Civil Veterinary Dept. North-West Frontier Province 1901-22 - 1901-1922
Year: 1901
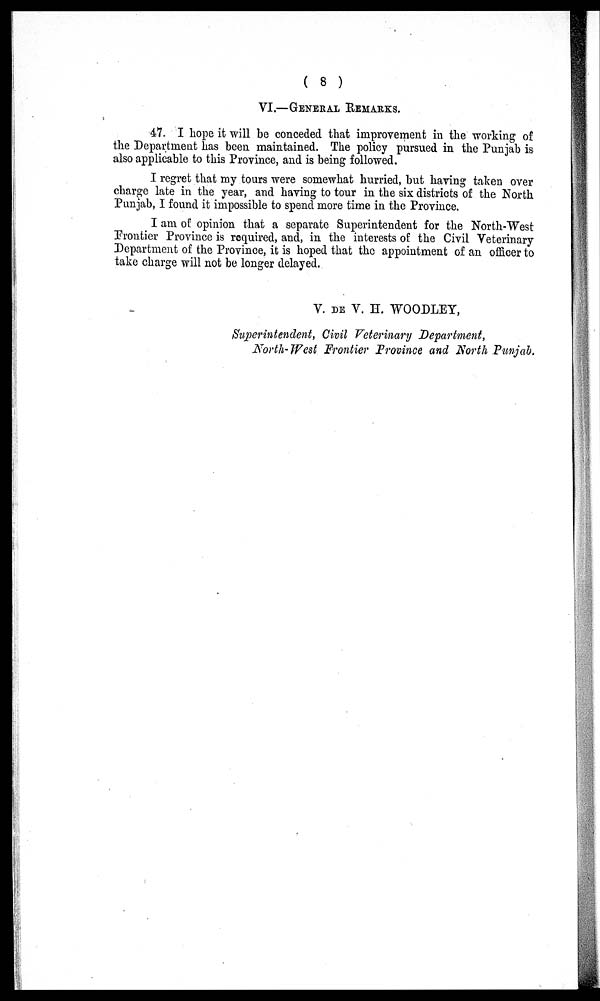
(8)
VI.—GENERAL REMARKS.
47. I hope it will be conceded that improvement in the working of
the Department has been maintained. The policy pursued in the Punjab is
also applicable to this Province, and is being followed.
I regret that my tours were somewhat hurried, but having taken over
charge late in the year, and having to tour in the six districts of the North
Punjab, I found it impossible to spend more time in the Province.
I am of opinion that a separate Superintendent for the North-West
Frontier Province is required, and, in the interests of the Civil Veterinary
Department of the Province, it is hoped that the appointment of an officer to
take charge will not be longer delayed.
V. DE V. H. WOODLEY,
Superintendent, Civil Veterinary Department,
North-West Frontier Province and North Punjab.